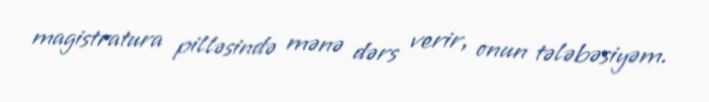
magistratura pilləsində mənə dərs verir, onun tələbəsiyəm.